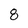
Character: 8